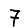
Digit: 7